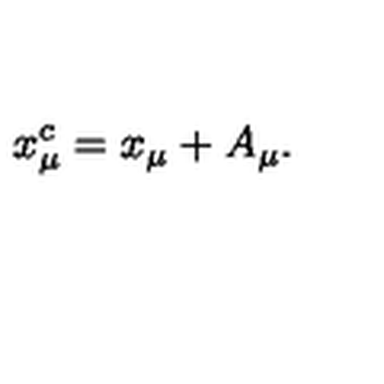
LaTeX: x _ { \mu } ^ { c } = x _ { \mu } + A _ { \mu } .